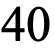
40